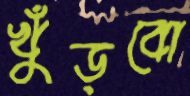
খুঁড়বো